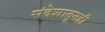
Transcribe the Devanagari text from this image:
संदेशातूनही